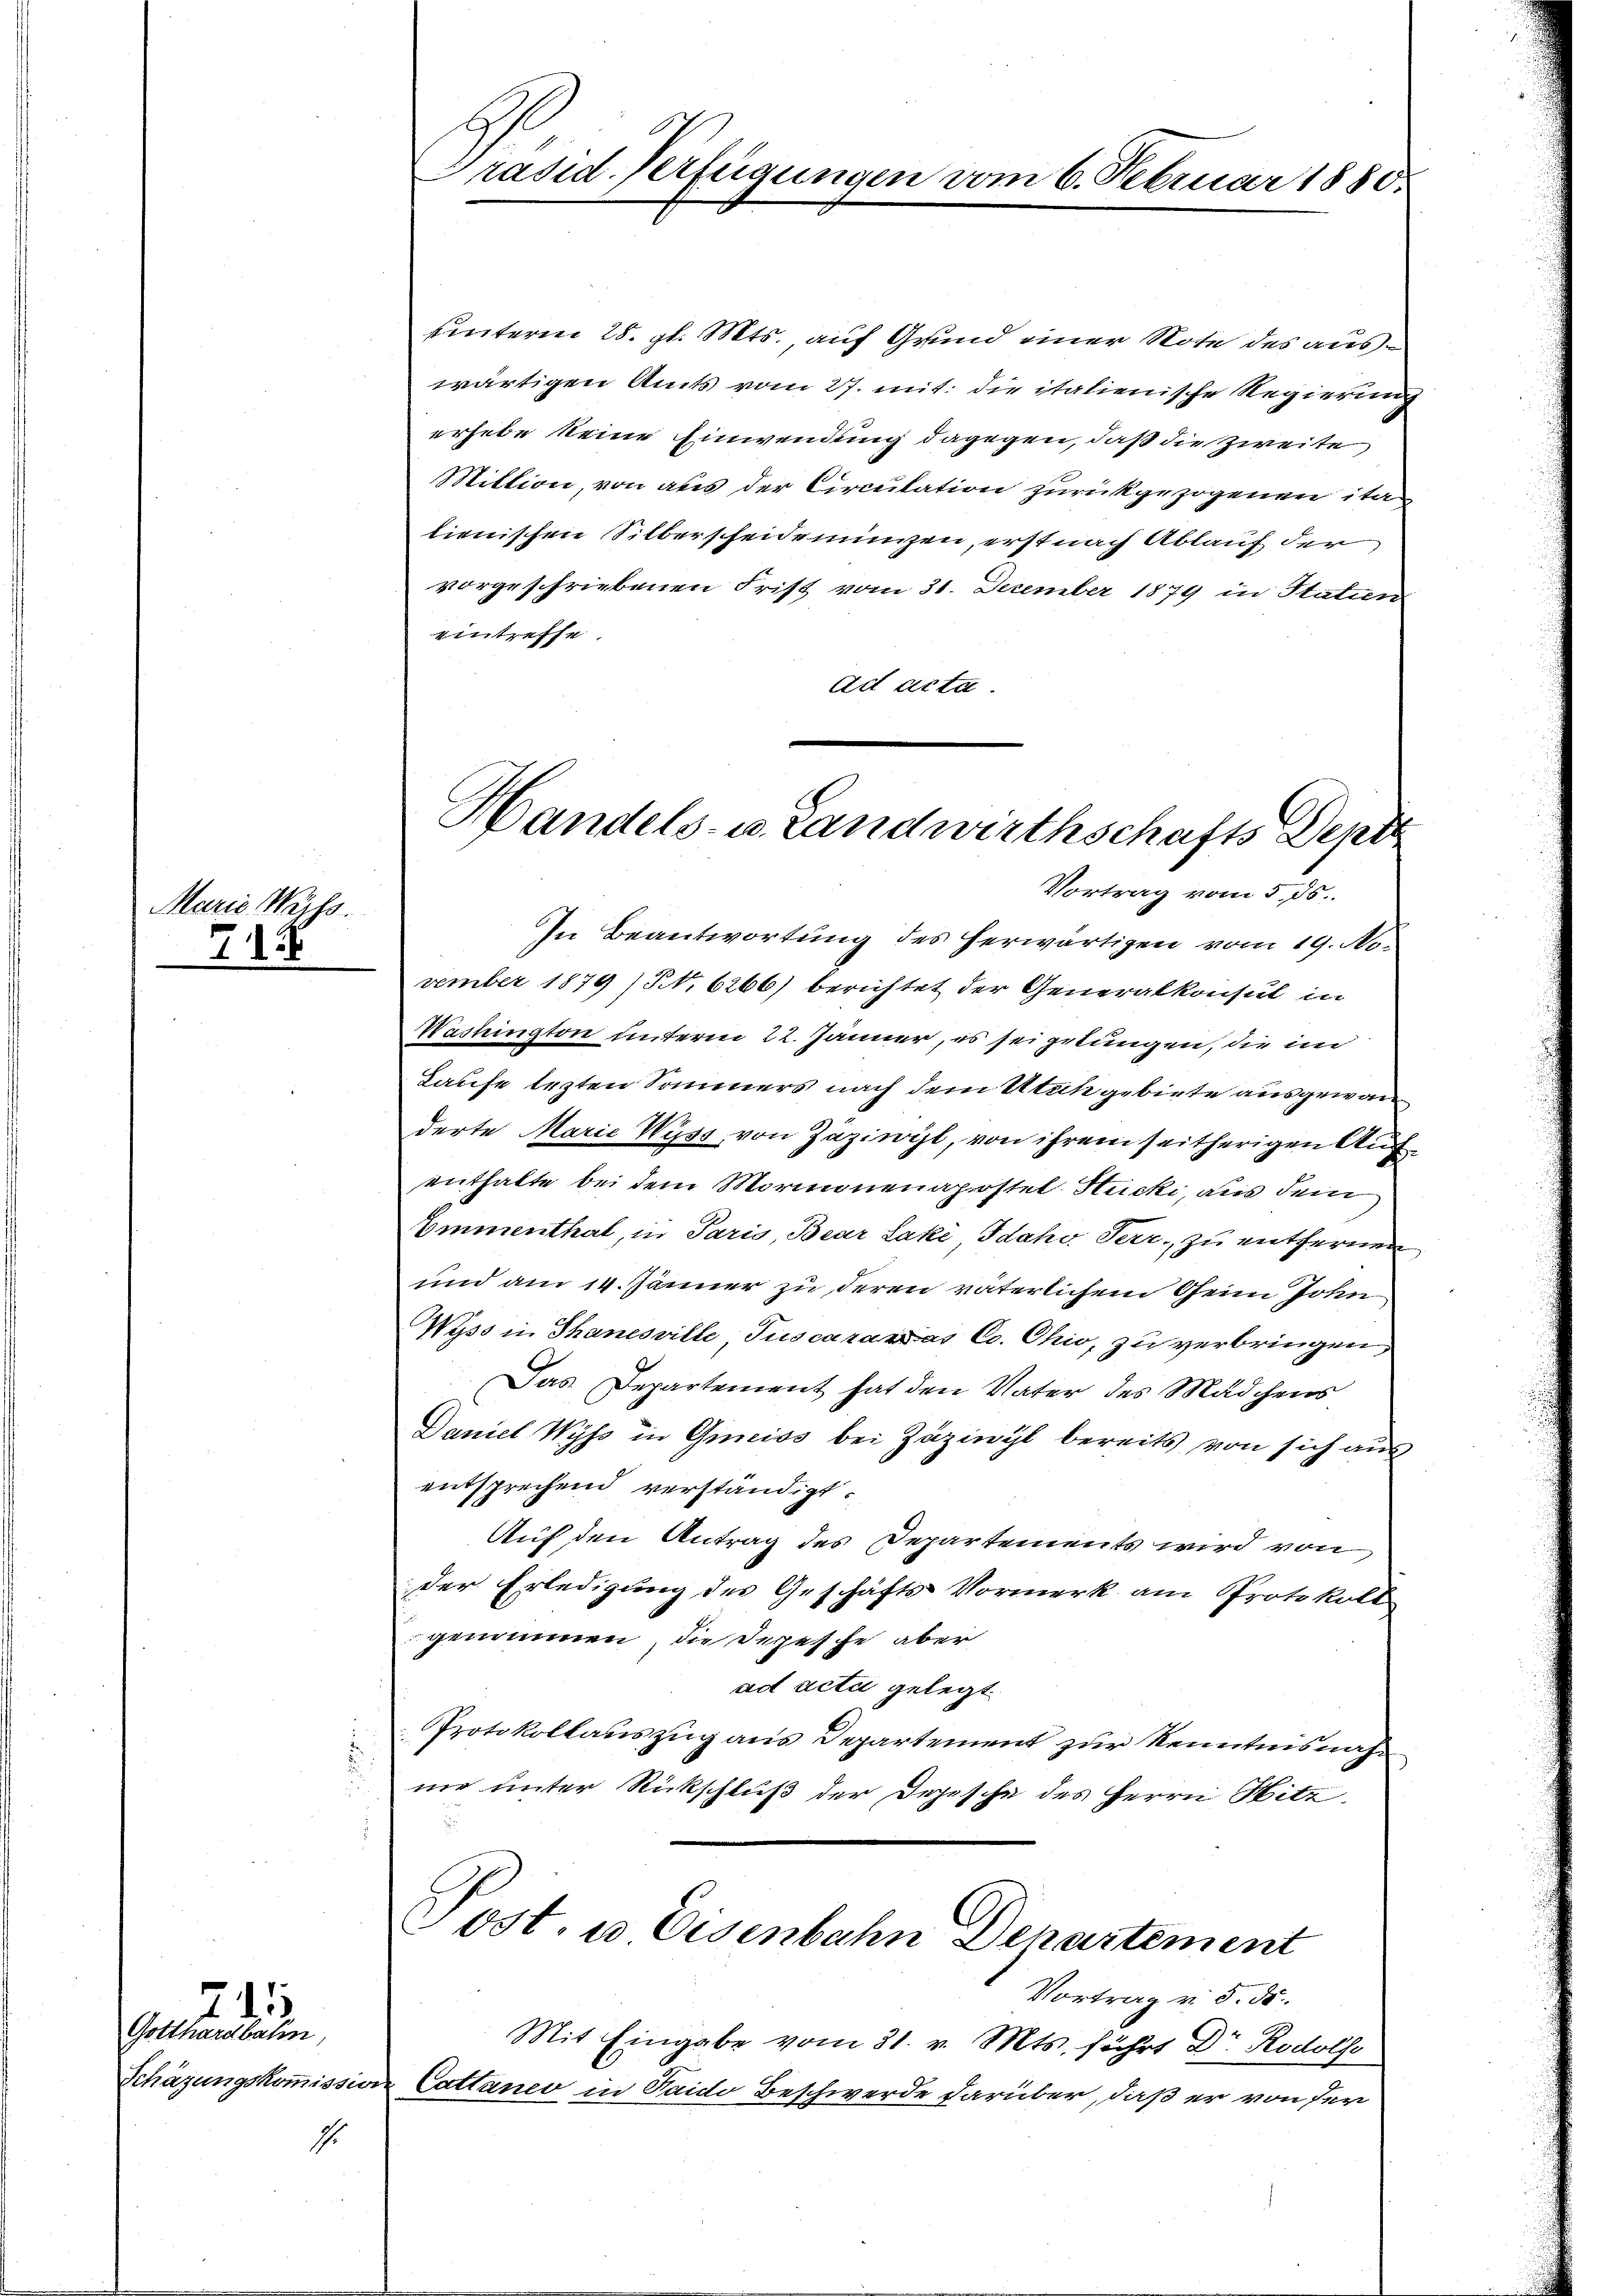
Maria Weiss.
715

Gotthardbahn,

21.

1

Präsid Verfügungen vom 6. Februar 1880.

uinterm 28. gl. Mts., auf Grund einer Note des auswärtigen Amts vom 27. mit die italienische Regierung
erhebe keine Einwendung dagegen, daß die zweite
Million, von aus der Circulation zurückgezogenen ita
lienischen Silberscheidenungen, erst nach Ablauf der
vorgeschriebenen Frist vom 31. Dezember 1879 in Statien
eintreffe.
ad acta.
In Beantwortung des herwärtigen vom 19. November 1879 (S. 6266) berichtet der Generalkonsul in
Washington unterm 22. Jänner, es sei gelungen, die im
Laufe lezten Sommers nach dem Utich gebiete ausgewan
derte Marie Wyss von Zäziwyl, von ihrem seitherigen Auf-
enthalte bei dem Mormonenapostel Stucki, aus dem
Emmenthal, in Paris, Bear Laki, Idaho Terz, zu entfernen
und am 14. Jänner zu deren väterlichem Geim John
Wyss in Thanesville, Juscarades C. Chio, zu verbringen,
Das Departement hat den Vater des Mädchens
Daniel Wyss in Greiss bei Zäziwyl bereits von sich aus
entsprechend verständigt.
Auf den Antrag des Departements wird von
der Erledigung des Geschäfts Vormerk am Protokoll
genommen, die Depesche aber
ad acti gelegt
Protokollauszug aus Departement zur Kenntnisnah¬
¬
ne unter Rückschluß der Depesche des Herrn Hitz

Handels- u. Landwirthschafts Depes
Vortrag vom 5. 55.

Post, u. Eisenbahn Departement

Vortrag v. 5. ds.
Mit Eingabe vom 31. v. Mts. führt Dr Rodols
Schäzungskommission Cattaneo in Paido Beschwerde darüber, daß er von der